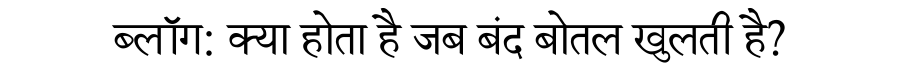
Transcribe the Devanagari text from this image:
ब्लॉग: क्या होता है जब बंद बोतल खुलती है?